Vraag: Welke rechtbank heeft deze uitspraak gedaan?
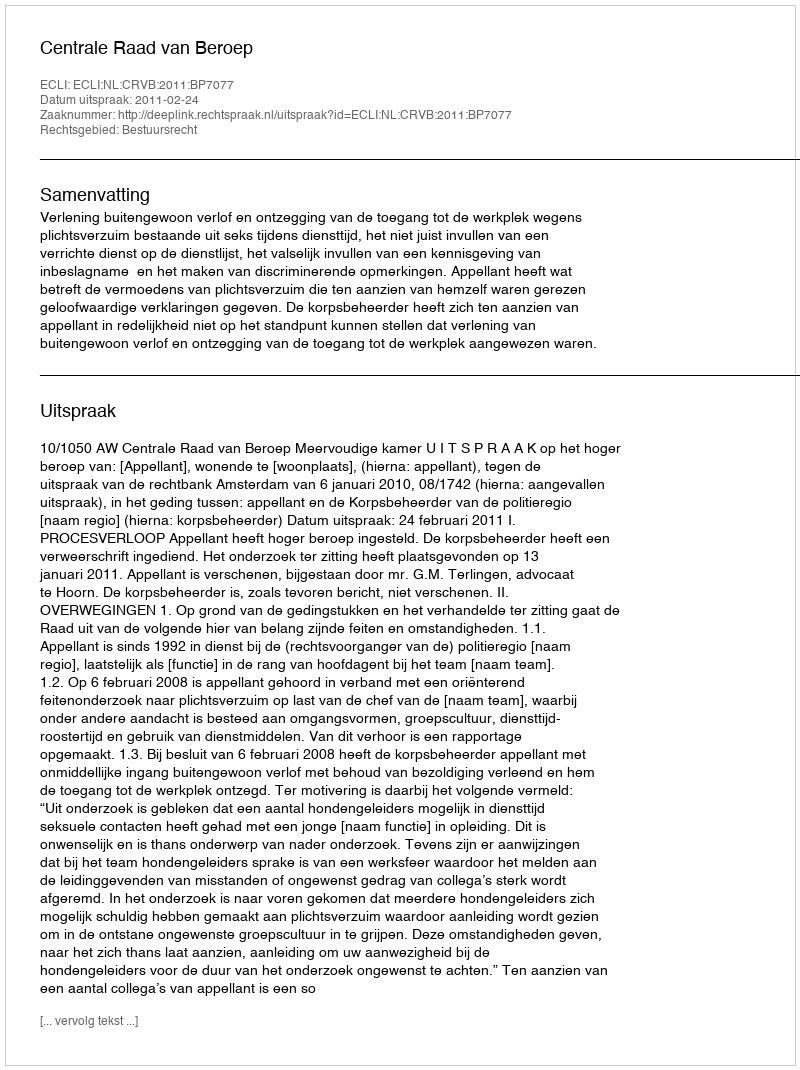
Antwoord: Centrale Raad van Beroep